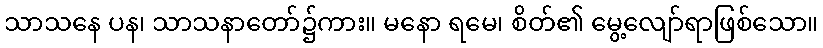
သာသနေ ပန၊ သာသနာတော်၌ကား။ မနော ရမေ၊ စိတ်၏ မွေ့လျော်ရာဖြစ်သော။